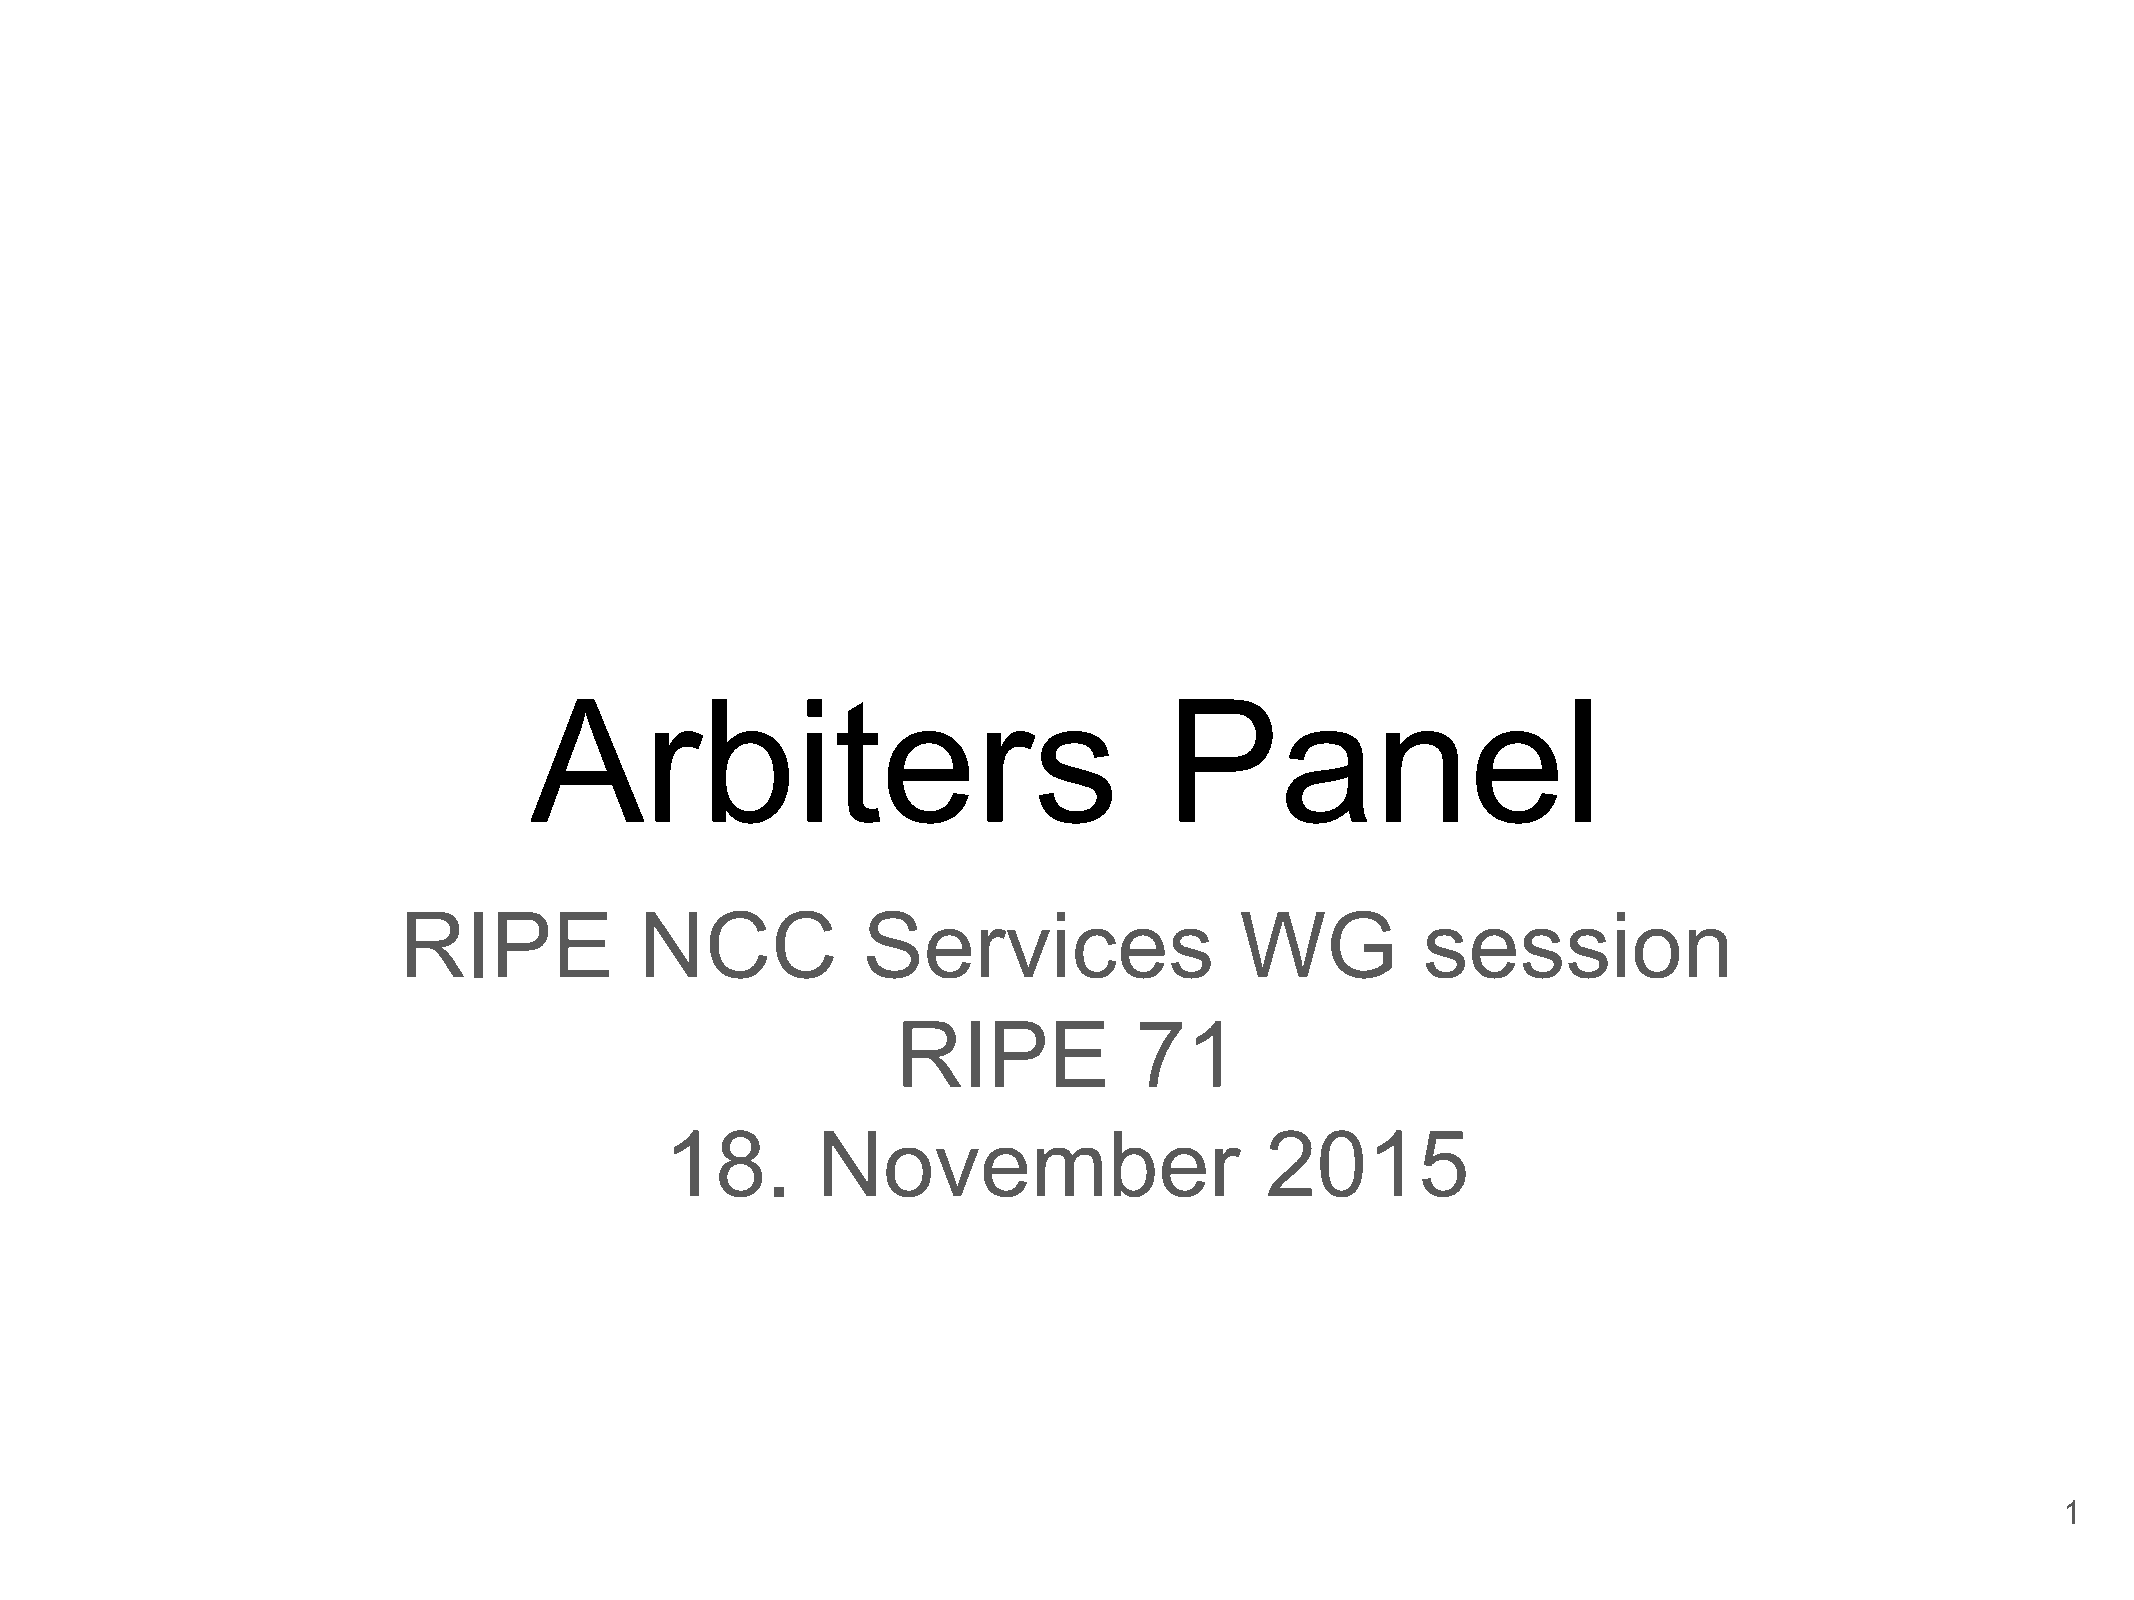
Arbiters                                  Panel
 RIPE            NCC            Services                 WG          session
 RIPE            71
 18.       November                      2015
 1